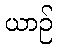
ယာဉ်